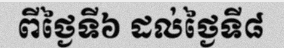
ពីថ្ងៃទី៦ ដល់ថ្ងៃទី៨